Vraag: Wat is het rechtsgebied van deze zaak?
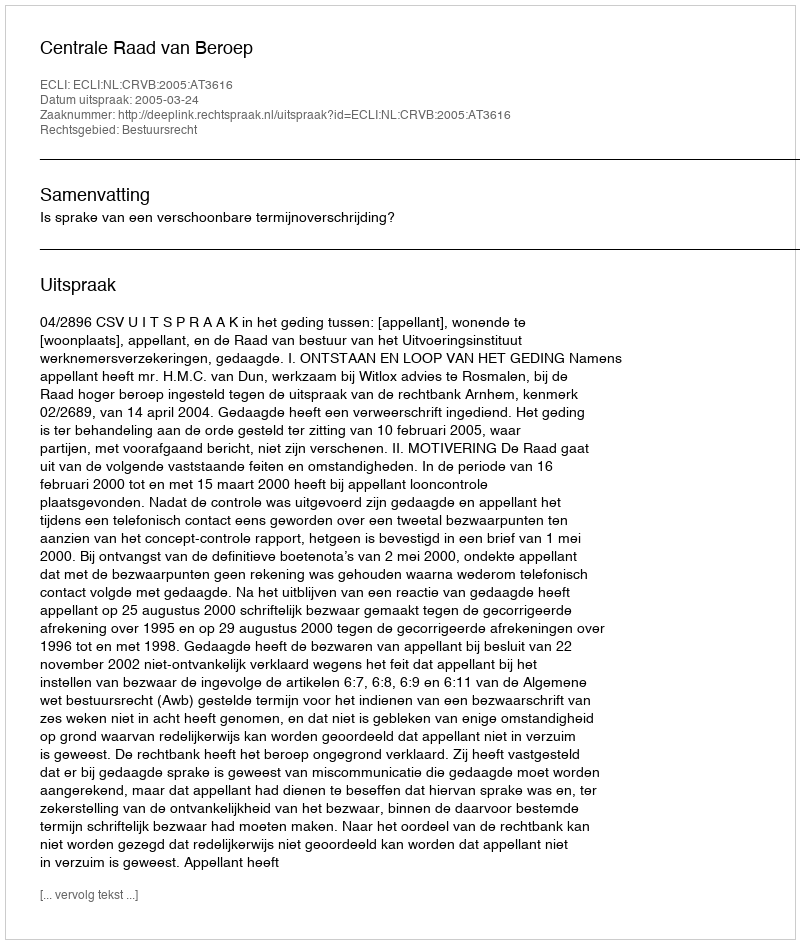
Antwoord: Bestuursrecht